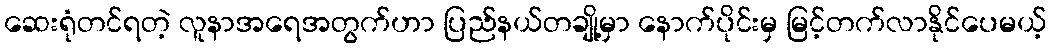
ဆေးရုံတင်ရတဲ့ လူနာအရေအတွက်ဟာ ပြည်နယ်တချို့မှာ နောက်ပိုင်းမှ မြင့်တက်လာနိုင်ပေမယ့်